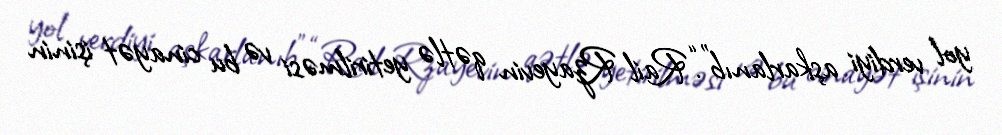
yol verdiyi aşkarlanıb”.“Rail Rzayevin qətlə yetirilməsi və bu cinayət işinin